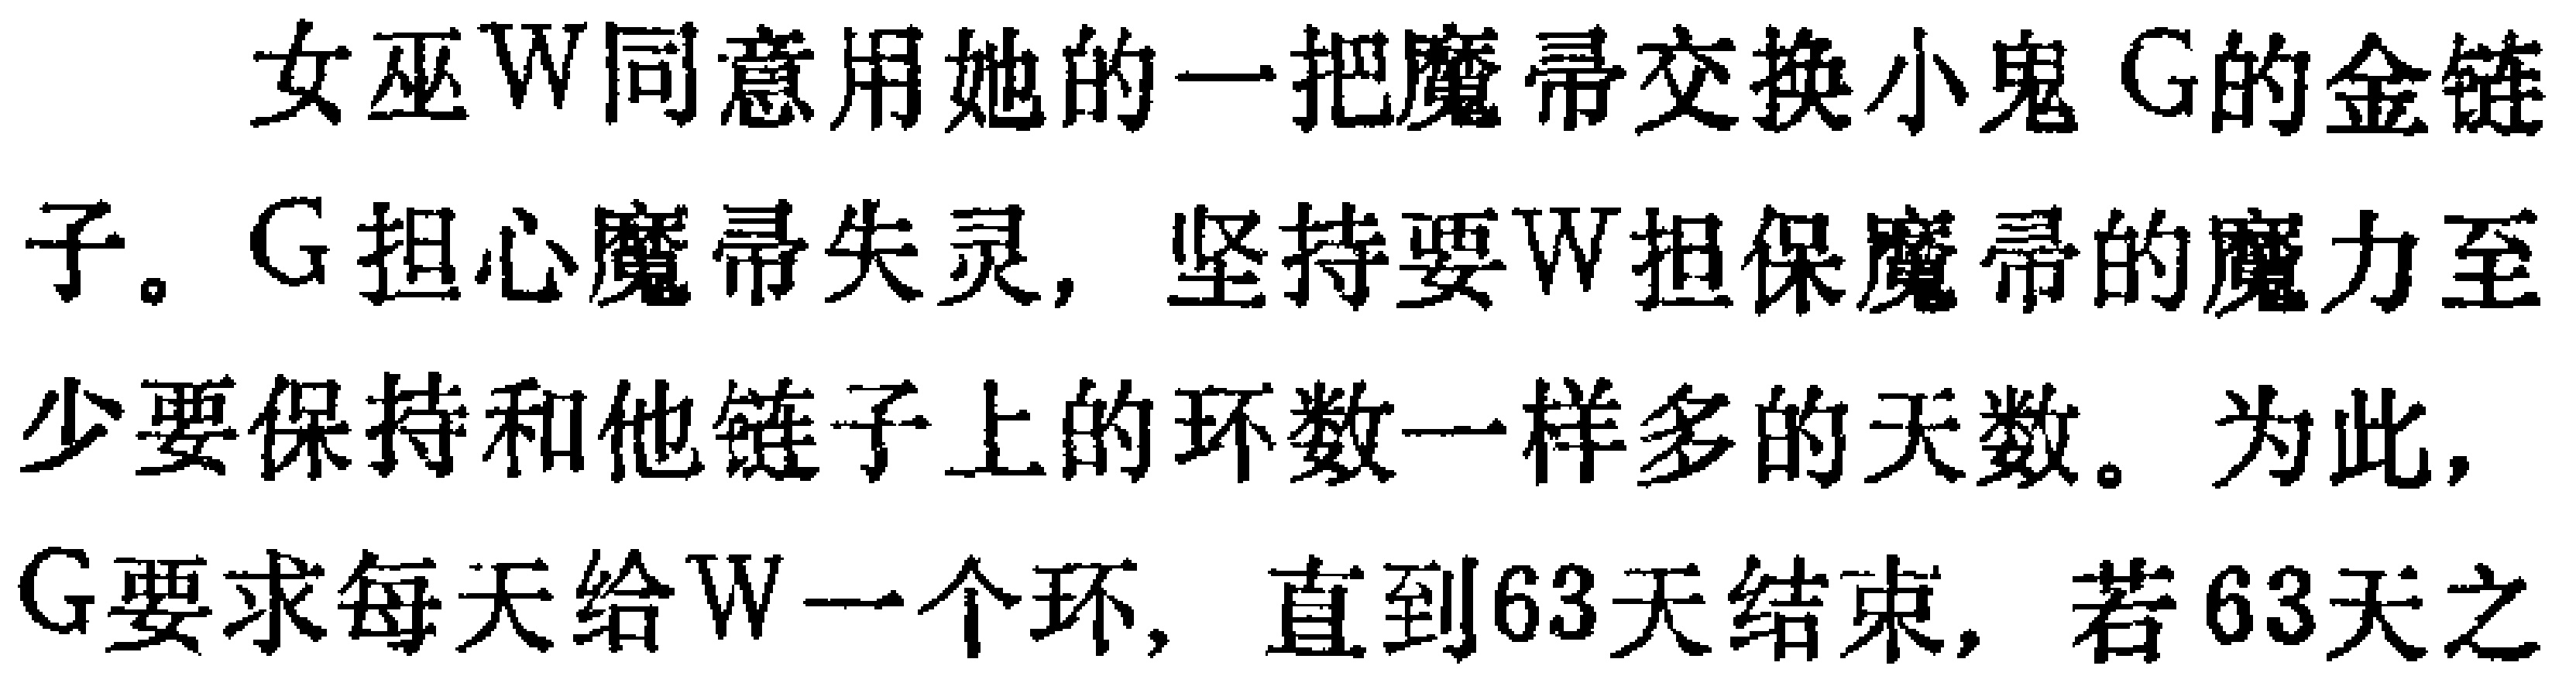
女巫W同意用她的一把魔帚交换小鬼G的金链子。G担心魔帚失灵，坚持要W担保魔帚的魔力至少要保持和他链子上的环数一样多的天数。为此，G要求每天给W一个环，直到63天结束，若63天之